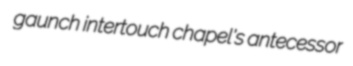
gaunch intertouch chapel's antecessor